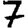
Digit: 7